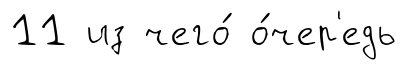
11 из чего́ о́чер'едь